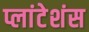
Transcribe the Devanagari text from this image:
प्लांटेशंस